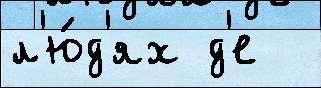
л'ю́д'ях д'е